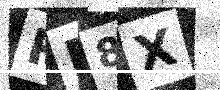
Text: RE8X